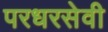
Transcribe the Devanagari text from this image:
परधरसेवी